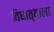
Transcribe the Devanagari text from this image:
विधात्याला